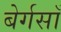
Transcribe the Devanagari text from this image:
बेर्गसाँ